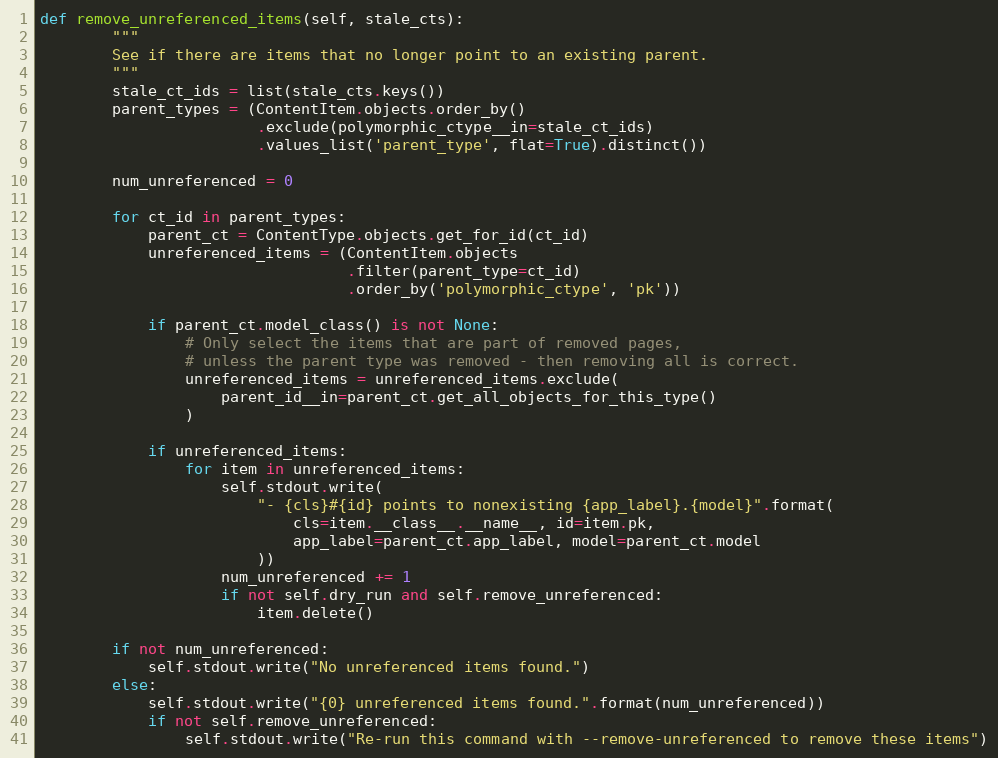
Language: Python
def remove_unreferenced_items(self, stale_cts):
        """
        See if there are items that no longer point to an existing parent.
        """
        stale_ct_ids = list(stale_cts.keys())
        parent_types = (ContentItem.objects.order_by()
                        .exclude(polymorphic_ctype__in=stale_ct_ids)
                        .values_list('parent_type', flat=True).distinct())

        num_unreferenced = 0

        for ct_id in parent_types:
            parent_ct = ContentType.objects.get_for_id(ct_id)
            unreferenced_items = (ContentItem.objects
                                  .filter(parent_type=ct_id)
                                  .order_by('polymorphic_ctype', 'pk'))

            if parent_ct.model_class() is not None:
                # Only select the items that are part of removed pages,
                # unless the parent type was removed - then removing all is correct.
                unreferenced_items = unreferenced_items.exclude(
                    parent_id__in=parent_ct.get_all_objects_for_this_type()
                )

            if unreferenced_items:
                for item in unreferenced_items:
                    self.stdout.write(
                        "- {cls}#{id} points to nonexisting {app_label}.{model}".format(
                            cls=item.__class__.__name__, id=item.pk,
                            app_label=parent_ct.app_label, model=parent_ct.model
                        ))
                    num_unreferenced += 1
                    if not self.dry_run and self.remove_unreferenced:
                        item.delete()

        if not num_unreferenced:
            self.stdout.write("No unreferenced items found.")
        else:
            self.stdout.write("{0} unreferenced items found.".format(num_unreferenced))
            if not self.remove_unreferenced:
                self.stdout.write("Re-run this command with --remove-unreferenced to remove these items")